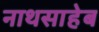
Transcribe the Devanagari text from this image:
नाथसाहेब